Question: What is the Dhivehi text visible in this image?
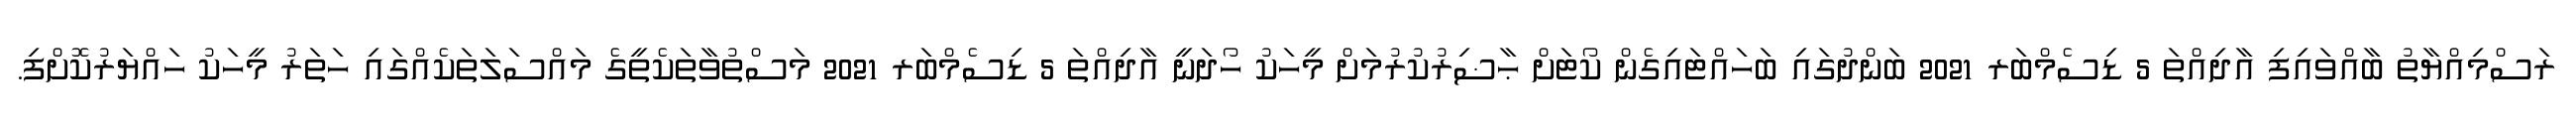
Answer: ރަސްމިއްޔާތު ބާއްވައިފި އާދިއްތަ 5 ޑިސެމްބަރ 2021 ބަންދުގައި ބަހައްޓައިގެން ކޯޓަށް ޙާޟިރުކުރުމަށް މީހަކު ހޯދަނީ އާދިއްތަ 5 ޑިސެމްބަރ 2021 މަސްތުވާތަކެތީގެ މައްސަލަތަކެއްގައި ހަތަރު މީހަކު ހައްޔަރުކޮށްފި.